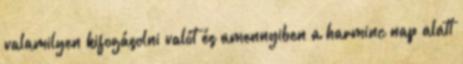
valamilyen kifogásolni valót és amennyiben a harminc nap alatt